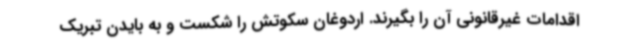
اقدامات غیرقانونی آن را بگیرند. اردوغان سکوتش را شکست و به بایدن تبریک